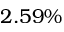
2 . 5 9 \%